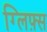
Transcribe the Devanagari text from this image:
ग्लिफ़्स